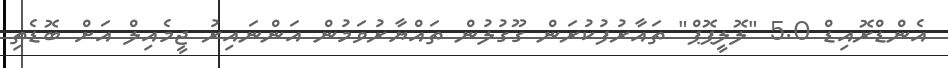
އެންޑްރޮއިޑް 5.0 "ލޮލީޕޮޕް" ތައާރުފުކުރަން ގޫގުލުން ތައްޔާރުވަމުން އަންނައިރު ޖީމެއިލް އަށް ބޮޑެތި